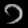
Digit: ၁